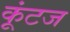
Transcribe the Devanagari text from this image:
कूंटज